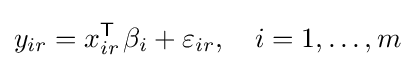
y_{ir}=x_{ir}^{\mathsf {T}}\;\!\beta _{i}+\varepsilon _{ir},\quad i=1,\ldots ,m